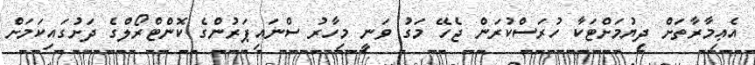
އެޢިމާރާތަށް ދިޔުމަށްޓަކާ ހުރަސްކުރަން ޖެހޭ މަގު ވަނީ މިހާރު ސްނައިޕަރުންގެ ކޮންޓްރޯލްގެ ދަށުގައިކަމަށް